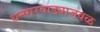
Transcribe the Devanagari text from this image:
धनगरवाड्याजवळ